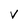
Character: V